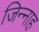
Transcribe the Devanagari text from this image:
जिन्‍नाह